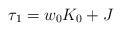
LaTeX: \begin{align*}\tau_{1}=w_{0}K_{0}+J \end{align*}